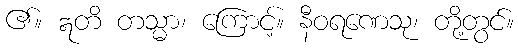
၏။ ဣတိ တသ္မာ၊ ကြောင့်။ နီဝရဏေသု၊ တို့တွင်။